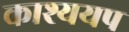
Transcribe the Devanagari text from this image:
काश्ययप